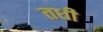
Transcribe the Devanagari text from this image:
तधी